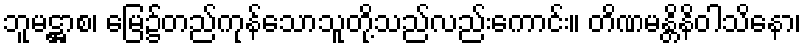
ဘူမဋ္ဌာစ၊ မြေ၌တည်ကုန်သောသူတို့သည်လည်းကောင်း။ တိဏမန္တိနိဝါသိနော၊